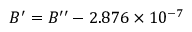
B ^ { \prime } = B ^ { \prime \prime } - 2 . 8 7 6 \times 1 0 ^ { - 7 }